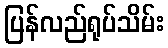
ပြန်လည်ရုပ်သိမ်း